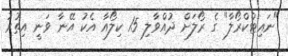
"ނައިޓްކްރޯލާ" ގެ ރޯލަށް ދުއްވާލި 15 ކިލޯއާ އެކު އޭނާ ވަނީ އިތުރު